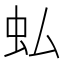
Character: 𧈥